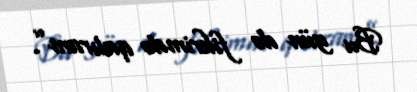
Bu gün də fikrimdə qalıram”.